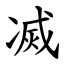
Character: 㓕